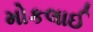
મોકલાઈ